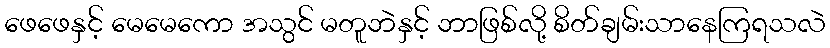
ဖေဖေနှင့် မေမေကော အသွင် မတူဘဲနှင့် ဘာဖြစ်လို့ စိတ်ချမ်းသာနေကြရသလဲ